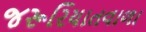
જરૂરિયાતવાળા